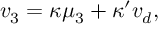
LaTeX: v _ { 3 } = \kappa \mu _ { 3 } + \kappa ^ { \prime } v _ { d } ,